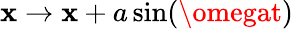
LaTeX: \mathbf{x}\to\mathbf{x}+a\sin(\omegat)